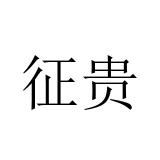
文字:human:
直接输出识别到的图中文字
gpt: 征贵